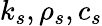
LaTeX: k_{s},\rho_{s},c_{s}